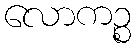
လောကဉ္စ